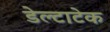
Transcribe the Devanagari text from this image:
डेल्टाटेक